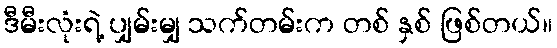
ဒီမီးလုံးရဲ့ ပျှမ်းမျှ သက်တမ်းက တစ် နှစ် ဖြစ်တယ်။